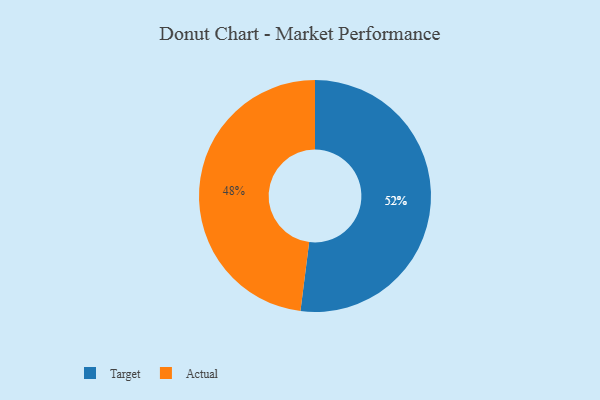
{"axis": {"x": "Category", "y": "Percentage"}, "legend": ["Actual", "Target"], "data": [{"x": "Target", "y": 52, "type": "Target"}, {"x": "Actual", "y": 48, "type": "Actual"}]}